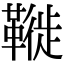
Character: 𩌦